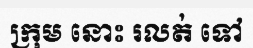
ក្រុម នោះ រលត់ ទៅ